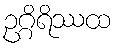
ဥဂ္ဂိရိဿထ